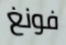
فونغ